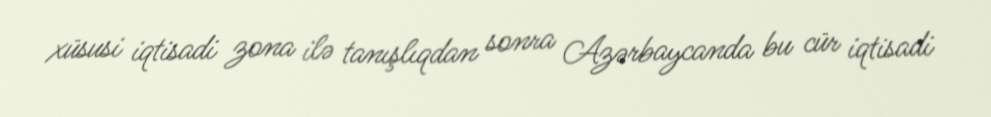
xüsusi iqtisadi zona ilə tanışlıqdan sonra Azərbaycanda bu cür iqtisadi